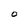
Character: O